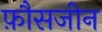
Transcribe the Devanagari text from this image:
फ़ौसजीन